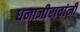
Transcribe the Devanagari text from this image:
धनाजीरावांनी